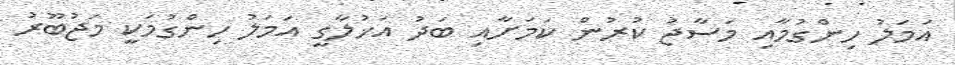
އަމަލު ހިންގުމާއި މަސާޖު ކުރުން ކަމަށާއި ބަދު އަޚުލާގީ އަމަލު ހިންގުމަކީ މަޖުބޫރު